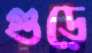
গুড়ে